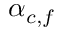
\alpha _ { c , f }